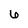
Character: 6